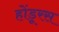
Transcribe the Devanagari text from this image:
होंडूरस